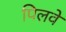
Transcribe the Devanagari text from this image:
पिलवे